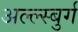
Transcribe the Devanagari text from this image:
अल्ल्स्बुर्ग